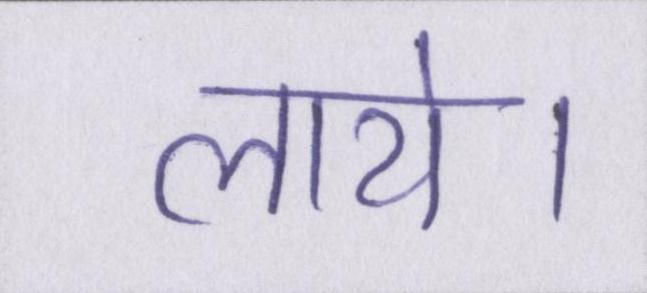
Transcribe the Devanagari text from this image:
लाये।